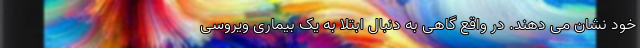
خود نشان می دهند. در واقع گاهی به دنبال ابتلا به یک بیماری ویروسی